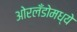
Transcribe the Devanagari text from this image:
ओरलँडोमध्ये